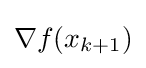
\nabla f(x_{k+1})